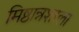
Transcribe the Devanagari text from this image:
मिष्ठान्नशाला